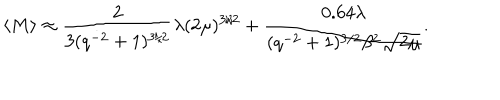
\langle M \rangle \approx \frac { 2 } { 3 ( q ^ { - 2 } + 1 ) ^ { 3 / 2 } } \lambda ( 2 \mu ) ^ { 3 / 2 } + \frac { 0 . 6 4 \lambda } { ( q ^ { - 2 } + 1 ) ^ { 3 / 2 } \beta ^ { 2 } \sqrt { 2 \mu } } .